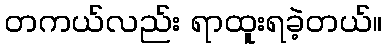
တကယ်လည်း ရာထူးရခဲ့တယ်။